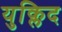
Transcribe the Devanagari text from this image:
युक्लिद